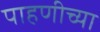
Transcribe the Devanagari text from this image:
पाहणीच्या